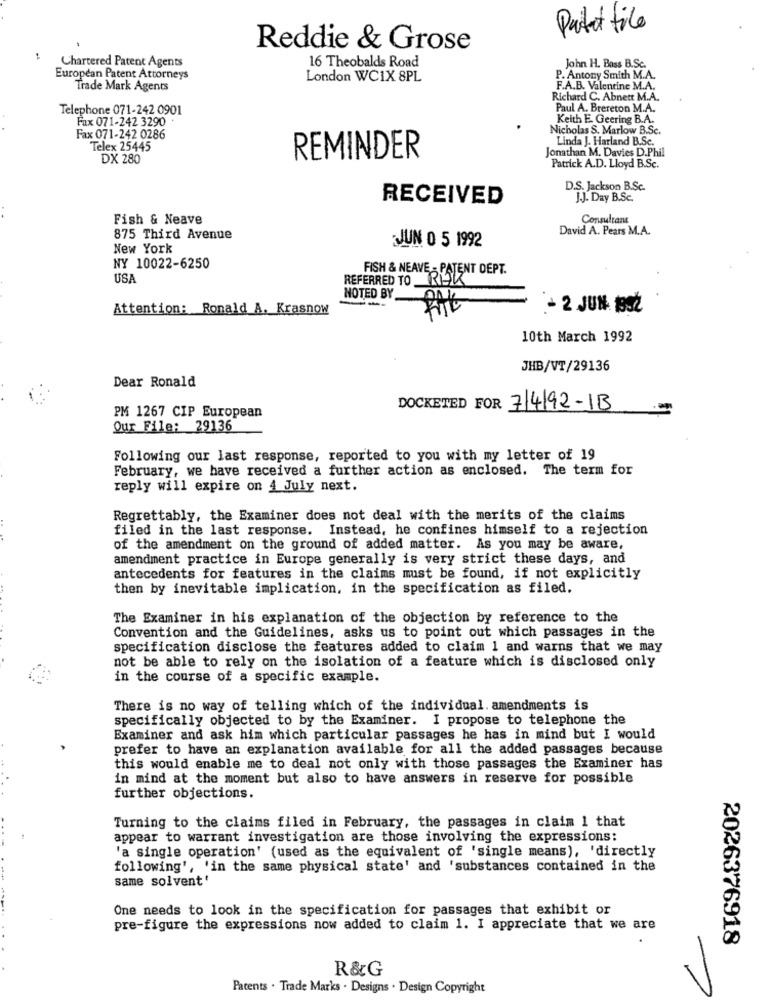
Patat file
Reddie & Grose
Chartered Patent Agents
16 Theobalds Road
John H. Bass B.Sc.
European Patent Attorneys
London WC1X 8PL
P. Antony Smith M.A.
Trade Mark Agents
F.A.B. Valentine M.A.
Richard C. Abnett M.A.
Telephone 071-242 0901
Paul A. Brereton M.A.
Fax 071-242 3290 .
Keith E. Geering B.A.
Nicholas S. Marlow B.Sc.
Fax 071-242 0286
Linda J. Harland B.Sc.
Telex 25445
Jonathan M. Davies D.Phil
DX 280
REMINDER
Patrick A.D. Lloyd B.Sc.
D.S. Jackson B.Sc.
RECEIVED
J.J. Day B.Sc.
Fish & Neave
Consultane
David A. Pears M.A.
875 Third Avenue
JUN 0 5 1992
New York
NY 10022-6250
FISH & NEAVE - PATENT DEPT.
USA
REFERRED TO _RLYX
NOTED BY
Attention: Ronald A. Krasnow
- 2 JUN 152
10th March 1992
JHB/VT/29136
Dear Ronald
PM 1267 CIP European
DOCKETED FOR 7/4/92-1B
Our File: 29136
Following our last response, reported to you with my letter of 19
February, we have received a further action as enclosed, The term for
reply will expire on 4 July next.
Regrettably, the Examiner does not deal with the merits of the claims
filed in the last response. Instead, he confines himself to a rejection
of the amendment on the ground of added matter. As you may be aware,
amendment practice in Europe generally is very strict these days, and
antecedents for features in the claims must be found, if not explicitly
then by inevitable implication, in the specification as filed.
The Examiner in his explanation of the objection by reference to the
Convention and the Guidelines, asks us to point out which passages in the
specification disclose the features added to claim 1 and warns that we may
not be able to rely on the isolation of a feature which is disclosed only
in the course of a specific example.
There is no way of telling which of the individual. amendments is
specifically objected to by the Examiner. I propose to telephone the
Examiner and ask him which particular passages he has in mind but I would
prefer to have an explanation available for all the added passages because
this would enable me to deal not only with those passages the Examiner has
in mind at the moment but also to have answers in reserve for possible
further objections.
Turning to the claims filed in February, the passages in claim 1 that
appear to warrant investigation are those involving the expressions:
'a single operation' (used as the equivalent of 'single means), 'directly
following', 'in the same physical state' and 'substances contained in the
same solvent'
One needs to look in the specification for passages that exhibit or
pre-figure the expressions now added to claim 1. I appreciate that we are
2026376918
R&G
Patents . Trade Marks . Designs . Design Copyright